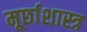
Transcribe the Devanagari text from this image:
मूर्छाशास्त्र